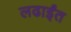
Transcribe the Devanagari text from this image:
लढाईंत